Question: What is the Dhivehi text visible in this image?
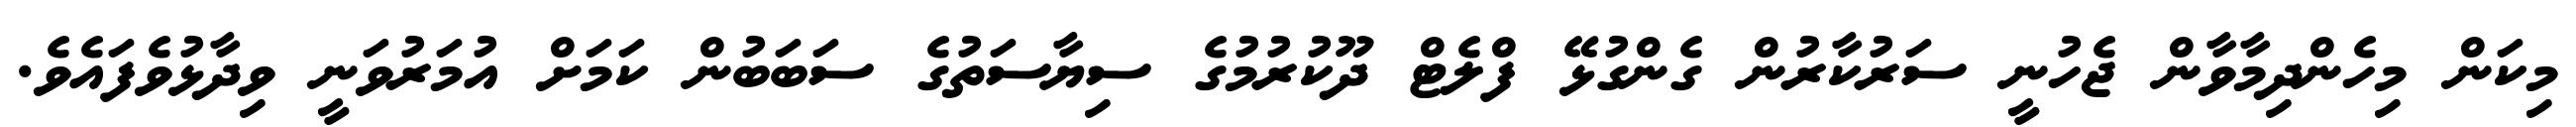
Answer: މިކަން މިހެންދިމާވާން ޖެހުނީ ސަރުކާރުން ގެންގުޅޭ ފްލެޓް ދޫކުރުމުގެ ސިޔާސަތުގެ ސަބަބުން ކަމަށް އުމަރުވަނީ ވިދާޅުވެފައެވެ.